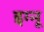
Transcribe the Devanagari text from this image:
इग्‍नू